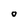
Character: O